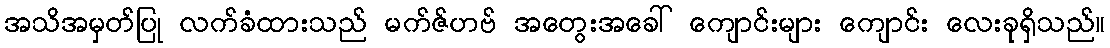
အသိအမှတ်ပြု လက်ခံထားသည် မက်ဇ်ဟဗ် အတွေးအခေါ် ကျောင်းများ ကျောင်း လေးခုရှိသည်။